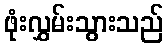
ဖုံးလွှမ်းသွားသည်